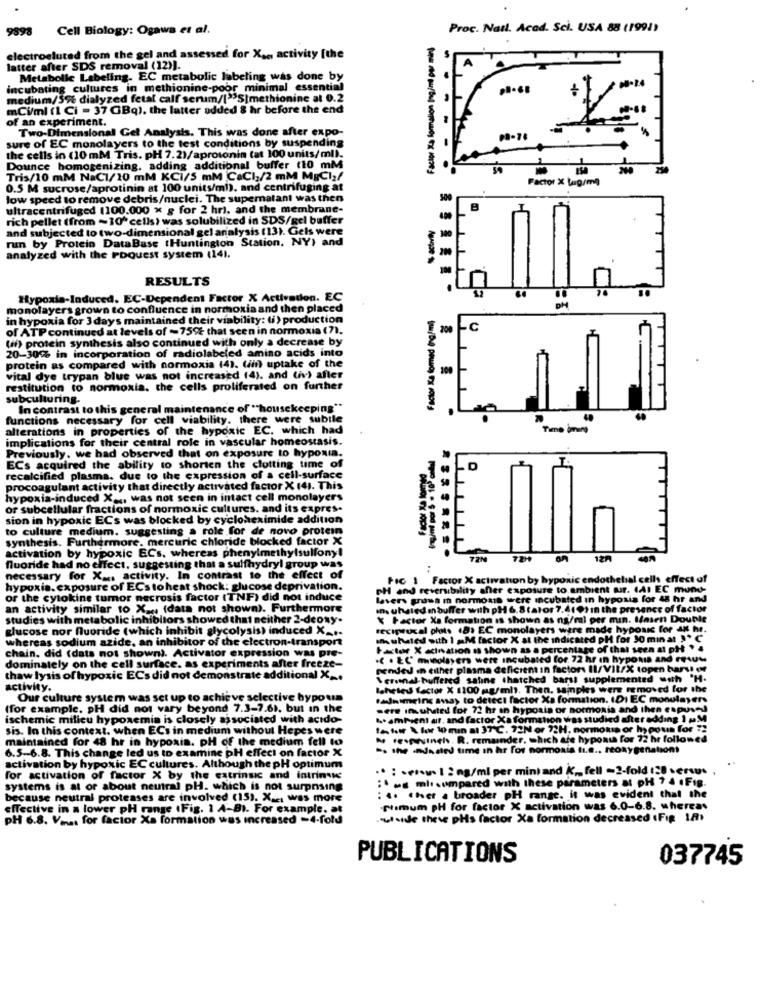
9898
Cell Biology: Ogawa et al.
Proc. Nail. Acad. Sci. USA 88 (1991)
Factor Ia formalion Ingim pur mir)
electroeluted from the gel and assessed for X .., activity [the
latter after SDS removal (12)].
Metabolic Labeling. EC metabolic labeling was done by
incubating cultures in methionine-poor minimal essential
medium/5% dialyzed fetal calf serum/[>>S|methionine at 0.2
mCi/ml (1 Ci - 37 GBq). the latter added 8 hr before the end
of an experiment.
Two-Dimensional Get Analysts. This was done after expo-
sure of EC monolayers to the test conditions by suspending
the cells in (10 mM Tris. pH 7.2)/aprotonin (at 100 units/ml).
Dounce homogenizing, adding additional buffer (10 mM
Tris/10 mM NaC1/10 mM KCI/5 mM CaCI:/2 mM MgCl:/
Factor X Lug/ml
0.5 M sucrose/aprotinin at 100 units/ml). and centrifuging at
low speed to remove debris/nuclei. The superatant was then
ultracentrifuged (100.000 x g for 2 hr), and the membrane-
B
rich pellet (from ~10" cells) was solubilized in SDS/gel buffer
and subjected to two-dimensional gel analysis (13). Gels were
run by Protein DataBase (Huntington Station. NY) and
analyzed with the PbQuest system (141.
RESULTS
Hypoxia-Induced. EC-Dependent Factor X Activation. EC
monolayers grown to confluence in normoxia and then placed
in hypoxia for 3 days maintained their viability: (i) production
of ATP continued at levels of -75% that scen in normoxia (7).
200
Lc
(if) protein synthesis also continued with only a decrease by
20-30% in incorporation of radiolabeled amino acids into
protein as compared with normoxia (4). (imf uptake of the
vital dye trypan blue was not increased (4), and (iv) after
restitution to normoxia. the cells proliferated on further
subculturing.
In contrast to this general maintenance of "housekeeping"
functions necessary for cell viability. there were subile
alterations in properties of the hypoxic EC. which had
implications for their central role in vascular homeostasis.
Previously. we had observed that on exposure to hypoxia.
ECs acquired the ability to shorten the clotting time of
D
recalcified plasma. due to the expression of a cell-surface
procoagulant activity that directly activated factor X 14). This
hypoxia-induced X _, was not seen in intact cell monolayers
or subcellular fractions of normoxic cultures. and its expres-
sion in hypoxic ECs was blocked by cycloheximide addition
to culture medium. suggesting a role for de novo protein
synthesis. Furthermore, mercuric chloride blocked factor X
activation by hypoxic ECs, whereas phenylmethylsulfony!
TZN
721
on
12A
fluoride had no effect, suggesting that a sulfhydryl group was
necessary for X _, activity. In contrast to the effect of
Fic 1 Factor X activation by hypoxic endothebal cells effect of
hypoxia. exposure of ECs toheat shock: glucose deprivation.
PH and reversibility aner exposure to ambient ur. IAI EC mond-
or the cytokine tumor necrosis factor (TNF) did not ind
lavers grums in normoais were incubated in hypoxia for 48 hr and
an activity similar to Xa ., (data not shown). Furthermore
in. uhated m buffer with pH 6.8 talor 7,4(0) In the presence of factor
studies with metabolic inhibitors showed that neither 2-de
X Factor Xa formation is shown as ng/ml per min. Masen Double
glucose nor fluoride (which inhibit glycolysis) induced X ...
reciprocal plots (8) EC monolayers were made hypoxic for 4g hr
whereas sodium azide, an inhibitor of the electron-transport
muhaled with 1 mM factor X at the indicated PH for 30 min at ]*
chain. did (dats not shown). Activator expression was pre-
Factor X activation is shown as a percentage of that seen al pH * *
.C . EC mwolayers were incubated for. 72 hr In hypoxia and rewuw
dominately on the cell surface. as experiments after freeze-
pended in either plasma deficient in factors Il/VII/X topen harvi er
thaw lysis of hypoxic ECs did not demonstrate
Vernal buffered saline thatched barst supplemented with 'H-
activity.
Baheted factor X 1100 mg/mlt. Then. samples were removed for the
Our culture system was set up to achi
eve
elective hypo um
fanimeing ana) to detect factor Xa formation. IDI EC monulayers
(for example. pH did not vary beyond 7.3-7.61, but in the
sere insuhsted for 72 hr en hypoais or hormoxia and then expused
ischemic milieu hypoxemia is closely associated with actdo-
4. ambient at, and factor Xa formation was studied after adding 1 MM
sis. In this context. when ECs in medium without Hepes wer
In l.n \ low 10 min al 37ºC. 72N or ?? H. nonmoms or hypoun for !!
maintained for 48 hr in hypoxin. pH of the medium fell to
Me repuingh. R. remainder, which are hyponth for 72 hr followed
6.5-6.8. This change led us to examine pH effect on factor X
-. the nursed time in hr for normoxia tu.
.. reoxygenation
activation by hypoxic EC cultures. Although the pH optimum
·· : . esou I 2 mg/ml per mini and K ,, fell -2-fold 128 serwus
for activation of factor X by the extrinsic and intrinsic
: s ml.umpared with these parameters al pH 7 4 .Fig.
systems is at or about neutral pH. which is not surprising
because neutral proteases are involved (15). X ... was more
: .. . hver a broader pH range. it was evident that the
effective in a lower pH range (Fig. 1 A-BI. For example. at
-plumum pH for factor X activation was 6.0-6.8. whereas
PH 6.8. Vonas for facior Xa formation was increased -4-fold
werde these pHs factor Xa formation decreased (Fip 18)
PUBLICATIONS
037745